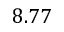
8 . 7 7